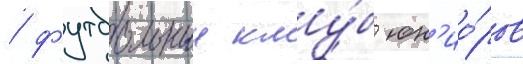
/ футбольныи клу́б юн'ио́ров